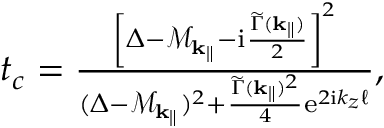
\begin{array} { r } { t _ { c } = \frac { \left[ \Delta - \mathcal { M } _ { \mathbf { k } _ { \parallel } } - \mathrm { i } \frac { \widetilde \Gamma ( { \mathbf { k } _ { \parallel } } ) } { 2 } \right] ^ { 2 } } { ( \Delta - \mathcal { M } _ { \mathbf { k } _ { \parallel } } ) ^ { 2 } + \frac { \widetilde \Gamma ( { \mathbf { k } _ { \parallel } } ) ^ { 2 } } { 4 } \mathrm { e } ^ { 2 \mathrm { i } k _ { z } \ell } } , } \end{array}